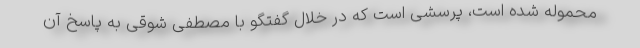
محموله شده است، پرسشی است که در خلال گفتگو با مصطفی شوقی به پاسخ آن